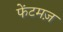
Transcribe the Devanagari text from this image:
फेंटमज़